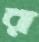
র